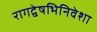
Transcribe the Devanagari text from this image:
रागद्वेषभिनिवेशा